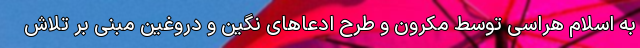
به اسلام هراسی توسط مکرون و طرح ادعاهای نگین و دروغین مبنی بر تلاش